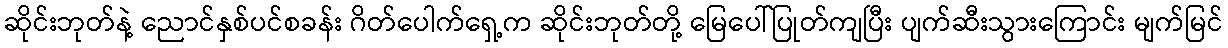
ဆိုင်းဘုတ်နဲ့ ညောင်နှစ်ပင်စခန်း ဂိတ်ပေါက်ရှေ့က ဆိုင်းဘုတ်တို့ မြေပေါ်ပြုတ်ကျပြီး ပျက်ဆီးသွားကြောင်း မျက်မြင်